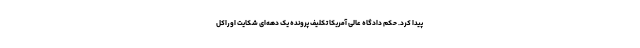
پیدا کرد. حکم دادگاه عالی آمریکا تکلیف پرونده یک دهه‌ای شکایت اوراکل